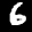
Digit: 6